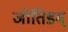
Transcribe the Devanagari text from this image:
जोतिडम्